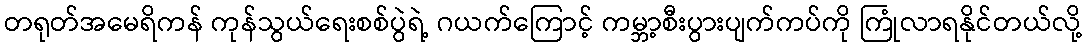
တရုတ်အမေရိကန် ကုန်သွယ်ရေးစစ်ပွဲရဲ့ ဂယက်ကြောင့် ကမ္ဘာ့စီးပွားပျက်ကပ်ကို ကြုံလာရနိုင်တယ်လို့